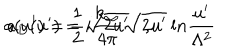
a ( u ^ { \prime } ) = \frac { 1 } { 2 } \sqrt { 2 u ^ { \prime } } , \hspace { 1 c m } a _ { D } ( u ^ { \prime } ) = i \frac { k _ { \infty } } { 4 \pi } \sqrt { 2 u ^ { \prime } } \: { \mathrm { l } n } \frac { u ^ { \prime } } { \Lambda ^ { 2 } }